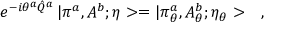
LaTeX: e ^ { - i \theta ^ { a } \hat { Q } ^ { a } } \, | \pi ^ { a } , A ^ { b } ; \eta > = | \pi _ { \theta } ^ { a } , A _ { \theta } ^ { b } ; \eta _ { \theta } > \ \ \ ,